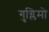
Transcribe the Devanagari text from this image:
गुग्लिमो